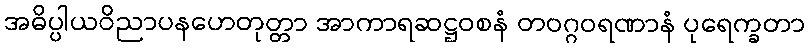
အဓိပ္ပါယဝိညာပနဟေတုတ္တာ အာကာရဆဋ္ဌဝစနံ တဝဂ္ဂဝရဏာနံ ပုရေက္ခတာ